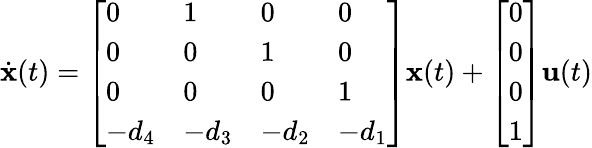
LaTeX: {\dot{\textbf{x}}}(t)={\left[\begin{array}{llll}{0}&{1}&{0}&{0}\\ {0}&{0}&{1}&{0}\\ {0}&{0}&{0}&{1}\\ {-d_{4}}&{-d_{3}}&{-d_{2}}&{-d_{1}}\end{array}\right]}{\textbf{x}}(t)+{\left[\begin{array}{l}{0}\\ {0}\\ {0}\\ {1}\end{array}\right]}{\textbf{u}}(t)